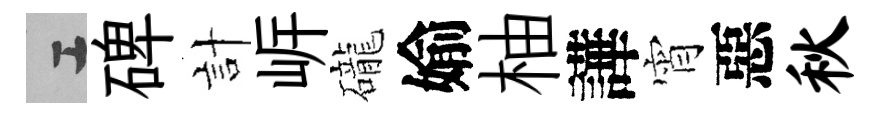
工碑計㟁礲媮柚譁宵惡秋